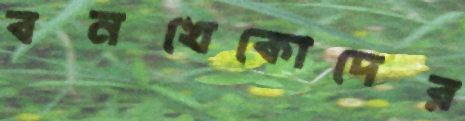
বনখেকোদের